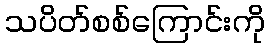
သပိတ်စစ်ကြောင်းကို